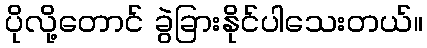
ပိုလို့တောင် ခွဲခြားနိုင်ပါသေးတယ်။